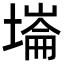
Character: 𡐇